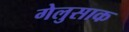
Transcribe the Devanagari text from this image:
गेलुसाक